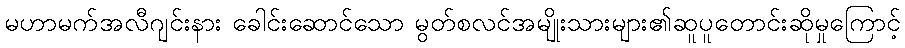
မဟာမက်အလီဂျင်းနား ခေါင်းဆောင်သော မွတ်စလင်အမျိုးသားများ၏ဆူပူတောင်းဆိုမှုကြောင့်